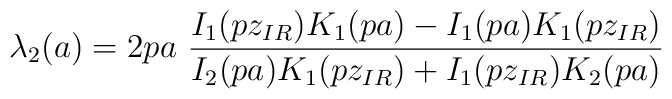
\lambda_2(a)=2 p a~ \frac {I_1(p z_{IR})K_1(p a)-I_1(p a)K_1(pz_{IR})} {I_2(p a) K_1(p z_{IR})+I_1(p z_{IR})K_2(p a)}